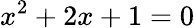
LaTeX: x^{2}+2x+1=0